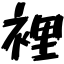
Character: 裡